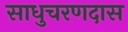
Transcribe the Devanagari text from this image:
साधुचरणदास